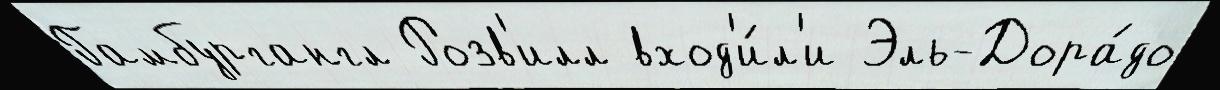
Гамбургангл Розв'илл вход'и́л'и Эль-Дора́до